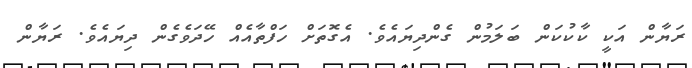
ރަޔާން އަކީ ކާކުކަން ބަލަމުން ގެންދިޔައެވެ. އެގޮތަށް ހަފްތާއެއް ހޭދަވެގެން ދިޔައެވެ. ރަޔާން